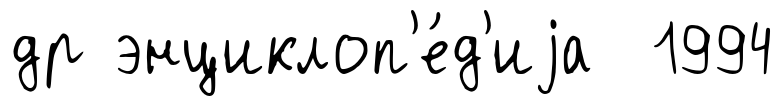
др энциклоп'е́д'иjа 1994